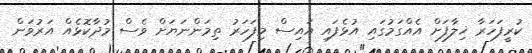
ކުރީފަހަރާ ޚިލާފަށް އެއްގަމުގައި އުޅެފައި އައިސް މިފަހަރު ތިމަންނަޔަށް ވެސް މުދާކޮޅެއް އަރުވަން